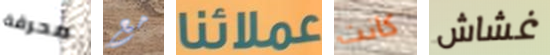
محرقة مع عملائنا كانت غشاش